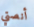
أنصتي